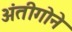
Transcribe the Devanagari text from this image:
अंतीगोने